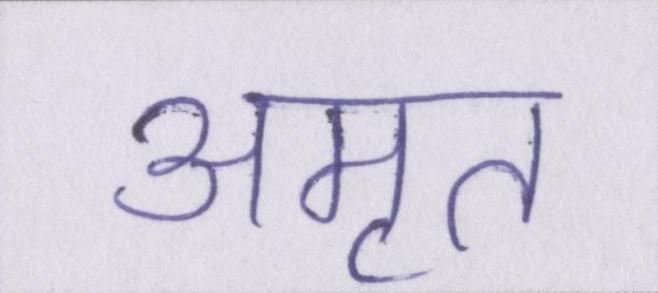
अमृत